Leaving Certificate Examination (including Day School Certificate (Higher) General paper), 1936
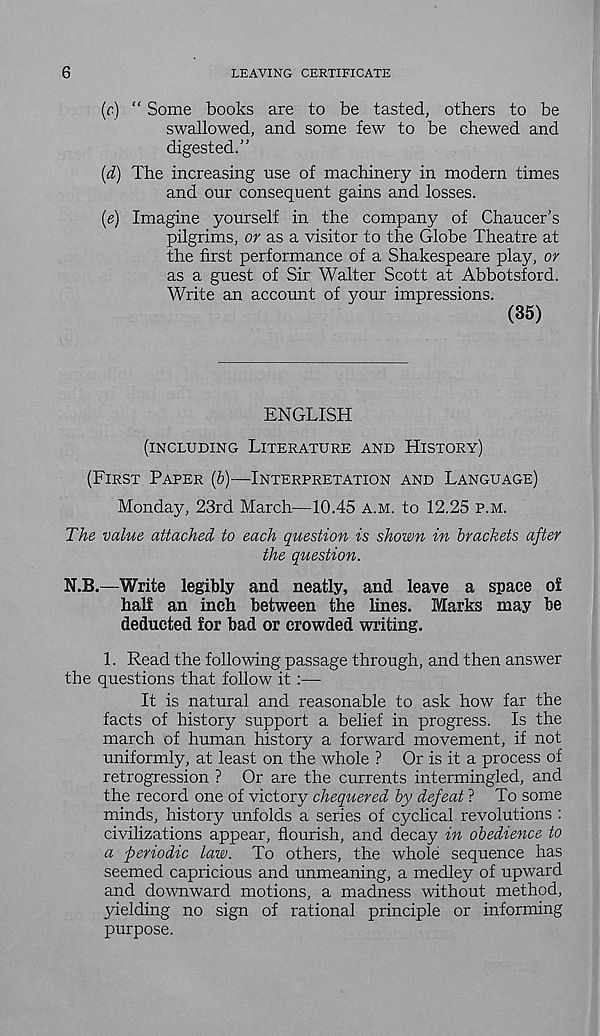
6
LEAVING CERTIFICATE
(c) “ Some books are to be tasted, others to be
swallowed, and some few to be chewed and
digested.”
(d) The increasing use of machinery in modern times
and our consequent gains and losses.
{e) Imagine yourself in the company of Chaucer’s
pilgrims, or as a visitor to the Globe Theatre at
the first performance of a Shakespeare play, or
as a guest of Sir Walter Scott at Abbotsford.
Write an account of your impressions.
(35)
ENGLISH
(INCLUDING LITERATURE AND HISTORY)
(FIRST PAPER (b)—INTERPRETATION AND LANGUAGE)
Monday, 23rd March—10.45 A.M. to 12.25 P.M.
The value attached to each question is shown in brackets after
the question.
N.B.—Write legibly and neatly, and leave a space of
half an inch between the lines. Marks may be
deducted for bad or crowded writing.
1. Read the following passage through, and then answer
the questions that follow it :—
It is natural and reasonable to ask how far the
facts of history support a belief in progress. Is the
march of human history a forward movement, if not
uniformly, at least on the whole ? Or is it a process of
retrogression ? Or are the currents intermingled, and
the record one of victory chequered by defeat ? To some
minds, history unfolds a series of cyclical revolutions :
civilizations appear, flourish, and decay in obedience to
a periodic law. To others, the whole sequence has
seemed capricious and unmeaning, a medley of upward
and downward motions, a madness without method,
yielding no sign of rational principle or informing
purpose.